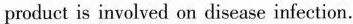
product is involved on disease infection.